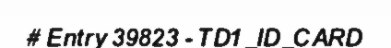
# Entry 39823 - TD1_ID_CARD